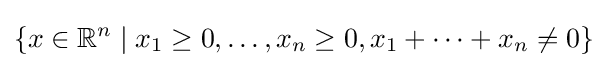
\{x\in \mathbb {R} ^{n}\mid x_{1}\geq 0,\dots ,x_{n}\geq 0,x_{1}+\cdots +x_{n}\neq 0\}